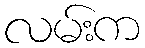
လမ်းက